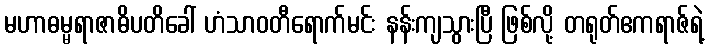
မဟာဓမ္မရာဇာဓိပတိခေါ် ဟံသာဝတီရောက်မင်း နန်းကျသွားပြီ ဖြစ်လို့ တရုတ်ဧကရာဇ်ရဲ့